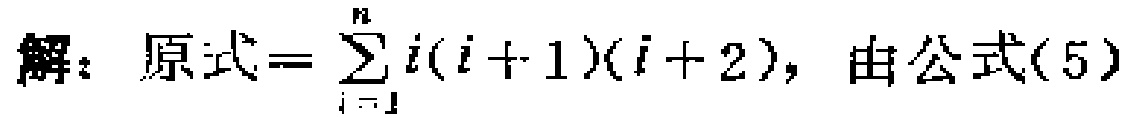
解：原式\(=\sum_{i = 1}^{n}i(i + 1)(i + 2)\)，由公式(5)